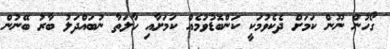
ގޯހުން ނޫން ކަމަށް ދެކެވުމަކީ ކަންބޮޑުވުމެއް ކަމަށާއި ހާލަތާ ނުބައްދަލު ބާރު ބޭނުން